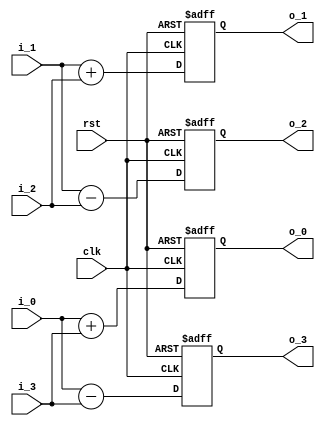
module butterfly_4(
                clk,
				        rst,
				        
                i_0,
                i_1,
                i_2,
                i_3,
                
                o_0,
                o_1,
                o_2,
                o_3
);

// ****************************************************************
//
//	INPUT / OUTPUT DECLARATION
//
// ****************************************************************                

input                    clk;
input                    rst;

input     signed  [23:0] i_0;
input     signed  [23:0] i_1;
input     signed  [23:0] i_2;
input     signed  [23:0] i_3;

output reg signed [24:0] o_0;
output reg signed [24:0] o_1;
output reg signed [24:0] o_2;
output reg signed [24:0] o_3;

// ****************************************************************
//
//	WIRE DECLARATION
//
// ****************************************************************

wire  signed [24:0]   b_0;
wire  signed [24:0]   b_1;
wire  signed [24:0]   b_2;
wire  signed [24:0]   b_3;

// ********************************************
//                                             
//    Combinational Logic                      
//                                             
// ********************************************

assign b_0=i_0+i_3;
assign b_1=i_1+i_2;
assign b_2=i_1-i_2;               
assign b_3=i_0-i_3;

// ********************************************
//                                             
//    Sequential  Logic                        
//                                             
// ********************************************

always@(posedge clk or negedge rst)
if(!rst)
     begin
     o_0<=25'b0;
     o_1<=25'b0;
     o_2<=25'b0;
     o_3<=25'b0;
     end
else
     begin
     o_0<=b_0;
     o_1<=b_1;
     o_2<=b_2;
     o_3<=b_3;
     end

endmodule